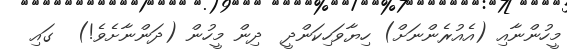
މީހުންނާއި (އެއުރެންނަށް) ހިޔާވަހިކަންދީ  ދިން މީހުން (ދަންނާށެވެ!)  ގައި